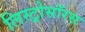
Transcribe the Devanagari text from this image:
लिस्ट्रोसॉरस